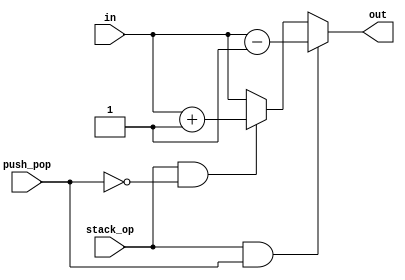
module stackAdder(stack_op,push_pop,in,out);

input push_pop,stack_op;
//input clk;
input [31:0]in;
output reg [31:0]out;

always@(*) begin
	if(stack_op && push_pop) // push
		out = in - 1;
	else if(stack_op && !push_pop) // pop
		out = in + 1;
	else
		out = in;	
end
endmodule